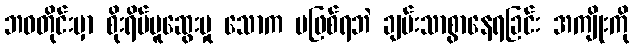
ဘဝတိုင်းမှာ စိုးရိမ်ပူဆွေးမှု သောက မဖြစ်ရဘဲ ချမ်းသာစွာနေရခြင်း အကျိုးကို